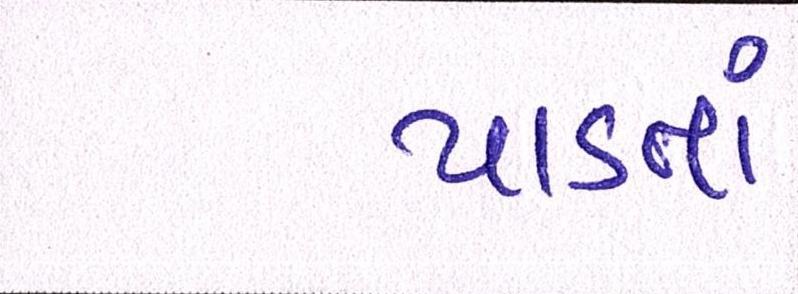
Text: પાડતાં